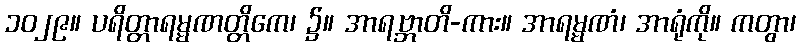
၁၀၂၉။ ပရိတ္တာရမ္မဏတ္တိကေ၊ ၌။ အာရဗ္ဘာတိ-ကား။ အာရမ္မဏံ၊ အာရုံကို။ ကတွာ၊